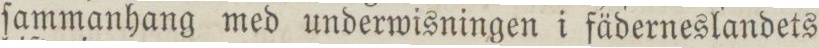
ſammanhang med underwisningen i fäderneslandets